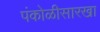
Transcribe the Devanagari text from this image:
पंकोळीसारखा